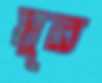
মুর